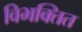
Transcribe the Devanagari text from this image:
विभक्तित